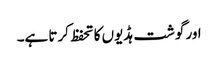
اور گوشت ہڈیوں کا تحفظ کرتا ہے۔